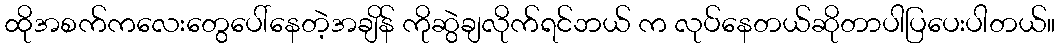
ထိုအစက်ကလေးတွေပေါ်နေတဲ့အချိန် ကိုဆွဲချလိုက်ရင်ဘယ် က လုပ်နေတယ်ဆိုတာပါပြပေးပါတယ်။